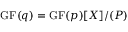
\mathrm { { G F } } ( q ) = \mathrm { { G F } } ( p ) [ X ] / ( P )